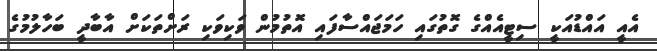
އެއީ އައްޑުއަކީ ސިޓީއެއްގެ ގޮތުގައި ހަމަޖައްސާފައި އޮތުމުން ވަކިވަކި ރަށްތަކަށް އާބާދީ ބަހާލުމުގެ